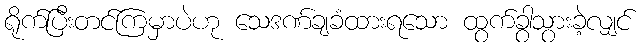
ရိုက်ပြီးတင်ကြမှာပဲဟု သေဒဏ်ချခံထားရသော ထွက်ခွာသွားခဲ့လျှင်